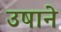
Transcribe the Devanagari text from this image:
उषाने